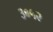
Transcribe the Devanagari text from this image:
३०५२